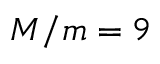
M / m = 9